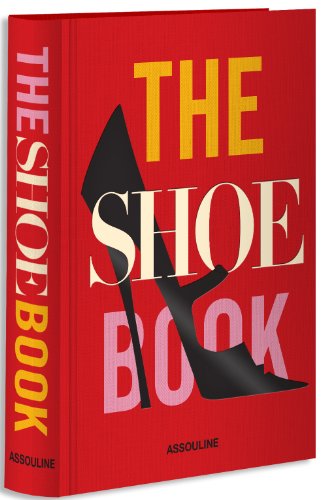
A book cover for The Shoe Book; Nancy MacDonnell; Arts & Photography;